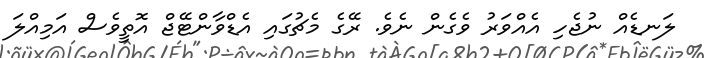
ލަނޑެއް ނުޖެހި އެއްވަރު ވެގެން ނެވެ. ރޭގެ މެޗުގައި އެޑްވާންޓޭޖް އޮތީވެސް އަމިއްލަ